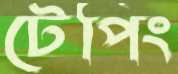
টেপিং